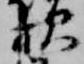
親